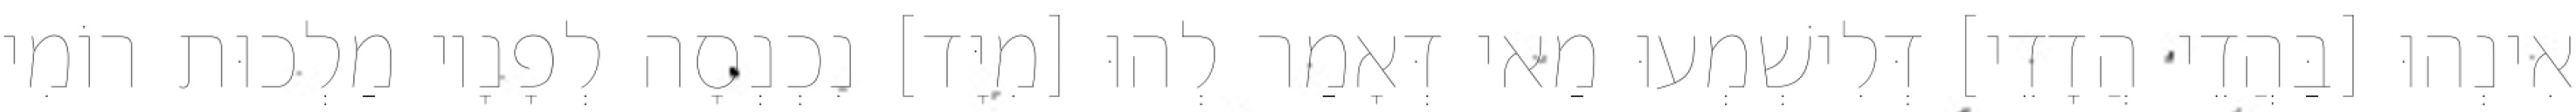
אִינְהוּ [בַּהֲדֵי הֲדָדֵי] דְּלִישְׁמְעוּ מַאי דְּאָמַר לְהוּ [מִיָּד] נִכְנְסָה לְפָנָיו מַלְכוּת רוֹמִי